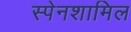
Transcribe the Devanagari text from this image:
स्पेनशामिल